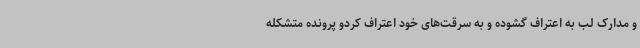
و مدارک لب به اعتراف گشوده و به سرقت‌های خود اعتراف کردو پرونده متشکله